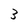
Character: 3